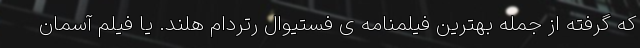
که گرفته از جمله بهترین فیلمنامه ی فستیوال رتردام هلند. یا فیلم آسمان‌